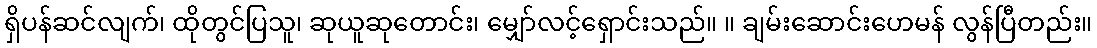
ရှိပန်ဆင်လျက်၊ ထိုတွင်ပြသူ၊ ဆုယူဆုတောင်း၊ မျှော်လင့်ရှောင်းသည်။ ။ ချမ်းဆောင်းဟေမန် လွန်ပြီတည်း။